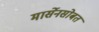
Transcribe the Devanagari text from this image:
मार्सेनसोबत